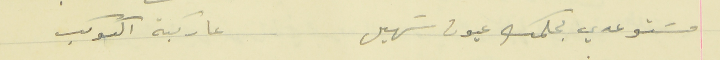
مسَتوعدي بحلمك عيون سَهيل                               عا ركبة الكوكب